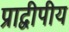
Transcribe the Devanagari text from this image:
प्राद्वीपीय